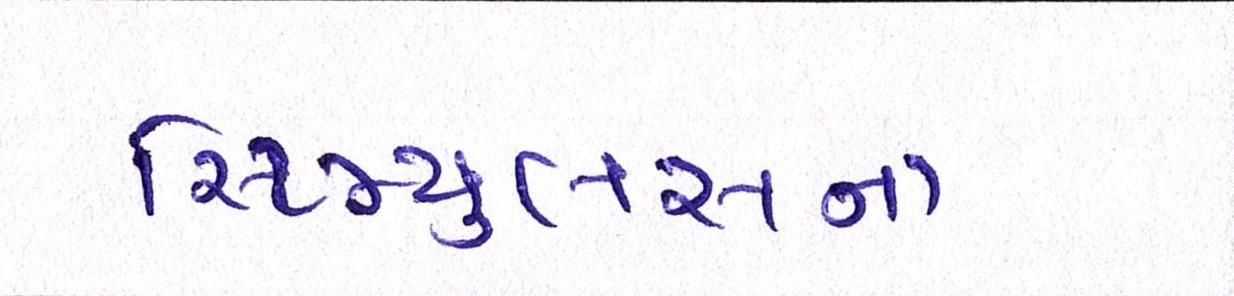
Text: સ્ટિમ્યુલસના